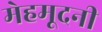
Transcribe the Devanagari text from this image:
मेहमूदनी